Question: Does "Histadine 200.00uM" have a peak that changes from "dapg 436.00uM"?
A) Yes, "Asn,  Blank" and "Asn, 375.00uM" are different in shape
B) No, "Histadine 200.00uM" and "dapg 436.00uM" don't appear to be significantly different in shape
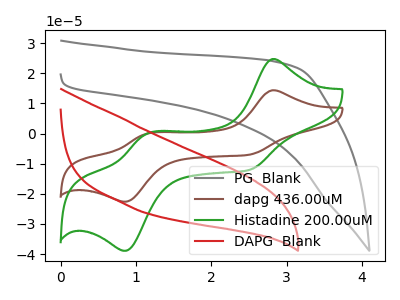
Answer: <think>The gray curve "PG  Blank" has no peaks. The brown curve "dapg 436.00uM" has anodic peaks at (2.80V, 14.35uA) (1.15V, -0.05uA) and cathodic peaks at (2.50V, -7.00uA) (0.85V, -22.60uA). The green curve "Histadine 200.00uM" has anodic peaks at (2.80V, 24.75uA) (1.15V, -0.05uA) and cathodic peaks at (2.50V, -12.05uA) (0.85V, -38.90uA). The red curve "DAPG  Blank" has no peaks.
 All the peaks in "Histadine 200.00uM" have a peak in "dapg 436.00uM" at the same potential.</think>
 <answer>B) No, "Histadine 200.00uM" and "dapg 436.00uM" don't appear to be significantly different in shape</answer>
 <eval>B</eval>